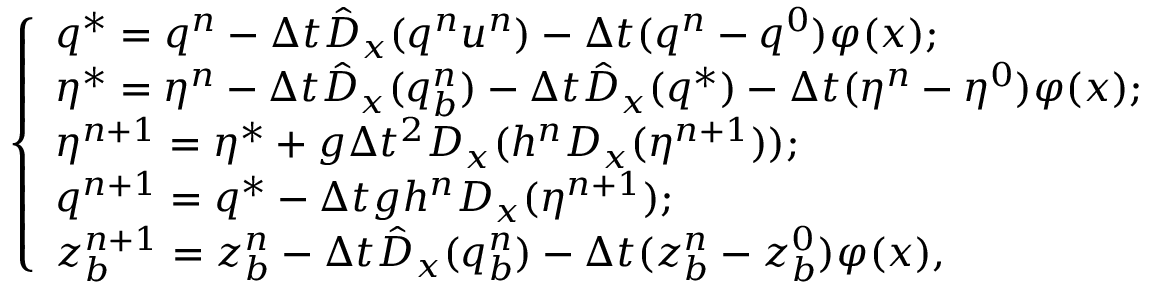
\left\{ \begin{array} { l l } { q ^ { * } = q ^ { n } - \Delta t \hat { D } _ { x } ( q ^ { n } u ^ { n } ) - \Delta t ( q ^ { n } - q ^ { 0 } ) \varphi ( x ) ; } \\ { \eta ^ { * } = \eta ^ { n } - \Delta t \hat { D } _ { x } ( q _ { b } ^ { n } ) - \Delta t \hat { D } _ { x } ( q ^ { * } ) - \Delta t ( \eta ^ { n } - \eta ^ { 0 } ) \varphi ( x ) ; } \\ { \eta ^ { n + 1 } = \eta ^ { * } + g \Delta t ^ { 2 } D _ { x } ( h ^ { n } D _ { x } ( \eta ^ { n + 1 } ) ) ; } \\ { q ^ { n + 1 } = q ^ { * } - \Delta t g h ^ { n } D _ { x } ( \eta ^ { n + 1 } ) ; } \\ { z _ { b } ^ { n + 1 } = z _ { b } ^ { n } - \Delta t \hat { D } _ { x } ( q _ { b } ^ { n } ) - \Delta t ( z _ { b } ^ { n } - z _ { b } ^ { 0 } ) \varphi ( x ) , } \end{array} \right.